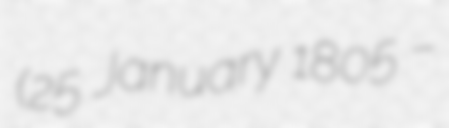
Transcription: (25 January 1805 –